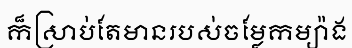
ក៏ស្រាប់តែមានរបស់ចម្លែកម្យ៉ាង